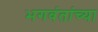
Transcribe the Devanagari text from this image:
भगवंतांच्या